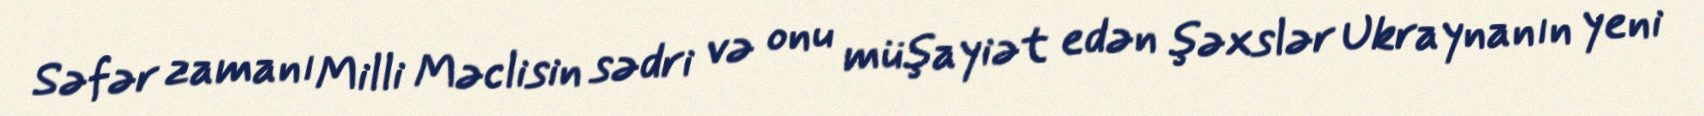
Səfər zamanı Milli Məclisin sədri və onu müşayiət edən şəxslər Ukraynanın yeni